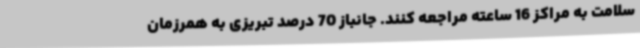
سلامت به مراکز 16 ساعته مراجعه کنند. جانباز 70 درصد تبریزی به همرزمان